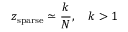
z _ { \mathrm { s p a r s e } } \simeq \frac { k } { N } , \quad k > 1